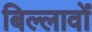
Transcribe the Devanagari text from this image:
बिल्लावों